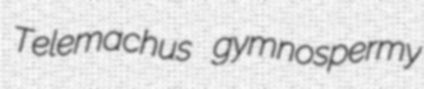
Telemachus gymnospermy